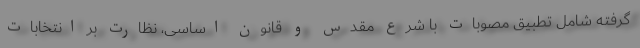
گرفته شامل تطبیق مصوبات با شرع مقدس و قانون اساسی، نظارت بر انتخابات